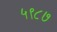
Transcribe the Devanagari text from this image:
५९८७